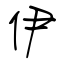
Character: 伊